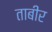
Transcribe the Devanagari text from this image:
ताबीर